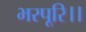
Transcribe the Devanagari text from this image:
भरपूरि।।